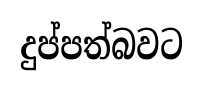
දුප්පත්බවට